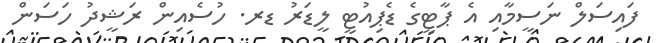
ފައިސަލް ނަސީމާއި އެ ޕާޓީގެ ޑެޕިއުޓީ ލީޑަރު ޑރ. ހުސެއިން ރަޝީދު ހަސަން